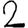
Digit: 2